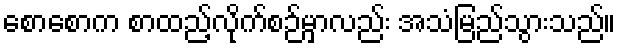
စောစောက စာထည့်လိုက်စဉ်မှာလည်း အသံမြည်သွားသည်။